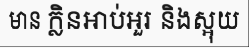
មាន ក្លិនអាប់អួរ និងស្អុយ